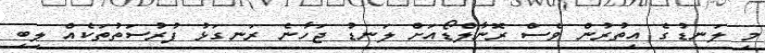
މި ލަނޑުގެ އިތުރުން ވެސް ރޮނާލްޑޯއަށް ލަނޑު ޖަހާނެ ރަނގަޅު ފުރުސަތުތަކެއް ލިބި